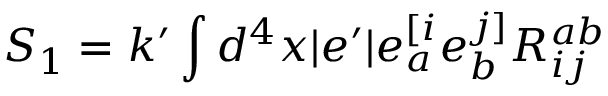
S _ { 1 } = k ^ { \prime } \int d ^ { 4 } x \vert e ^ { \prime } \vert e _ { a } ^ { [ i } e _ { b } ^ { j ] } R _ { i j } ^ { a b }